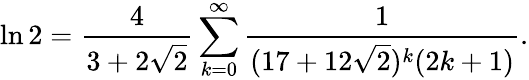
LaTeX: \ln 2={\frac{4}{3+2{\sqrt{2}}}}\sum_{k=0}^{\infty}{\frac{1}{(17+12{\sqrt{2}})^{k}(2k+1)}}.